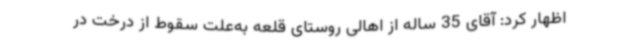
اظهار کرد: آقای 35 ساله از اهالی روستای قلعه به‌علت سقوط از درخت در